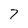
Character: 7